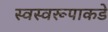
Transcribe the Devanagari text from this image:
स्वस्वरूपाकडे